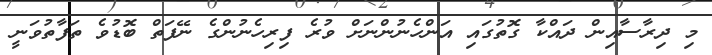
މި ދިރާސާއިން ދައްކާ ގޮތުގައި އަންހެނުންނަށް ވުރެ ފިރިހެނުންގެ ނޭފަތް ބޮޑުވެ ތަފާތުވަނީ